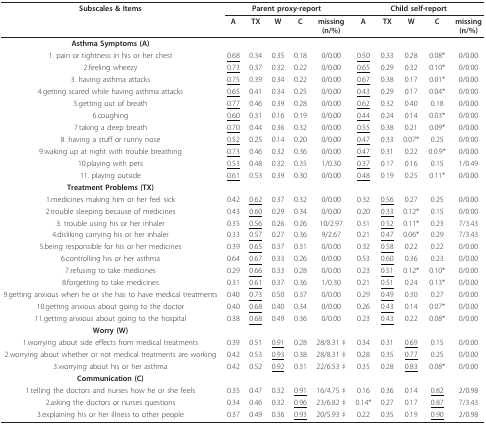
<table><thead><tr><td><b>Subscales &amp; Items</b></td><td colspan="5"><b>Parent proxy-report</b></td><td colspan="5"><b>Child self-report</b></td></tr><tr><td></td><td><b>A</b></td><td><b>TX</b></td><td><b>W</b></td><td><b>C</b></td><td><b>missing(n/%)</b></td><td><b>A</b></td><td><b>TX</b></td><td><b>W</b></td><td><b>C</b></td><td><b>missing(n/%)</b></td></tr></thead><tbody><tr><td><b>Asthma Symptoms (A)</b></td><td></td><td></td><td></td><td></td><td></td><td></td><td></td><td></td><td></td><td></td></tr><tr><td>1. pain or tightness in his or her chest</td><td><underline>0.68</underline></td><td>0.34</td><td>0.35</td><td>0.18</td><td>0/0.00</td><td><underline>0.50</underline></td><td>0.33</td><td>0.28</td><td>0.08*</td><td>0/0.00</td></tr><tr><td>2.feeling wheezy</td><td><underline>0.73</underline></td><td>0.37</td><td>0.32</td><td>0.22</td><td>0/0.00</td><td><underline>0.65</underline></td><td>0.29</td><td>0.32</td><td>0.10*</td><td>0/0.00</td></tr><tr><td>3. having asthma attacks</td><td><underline>0.75</underline></td><td>0.39</td><td>0.34</td><td>0.22</td><td>0/0.00</td><td><underline>0.67</underline></td><td>0.38</td><td>0.17</td><td>0.01*</td><td>0/0.00</td></tr><tr><td>4.getting scared while having asthma attacks</td><td><underline>0.65</underline></td><td>0.41</td><td>0.34</td><td>0.25</td><td>0/0.00</td><td><underline>0.43</underline></td><td>0.29</td><td>0.17</td><td>0.04*</td><td>0/0.00</td></tr><tr><td>5.getting out of breath</td><td><underline>0.77</underline></td><td>0.46</td><td>0.39</td><td>0.28</td><td>0/0.00</td><td><underline>0.62</underline></td><td>0.32</td><td>0.40</td><td>0.18</td><td>0/0.00</td></tr><tr><td>6.coughing</td><td><underline>0.60</underline></td><td>0.31</td><td>0.16</td><td>0.19</td><td>0/0.00</td><td><underline>0.44</underline></td><td>0.24</td><td>0.14</td><td>0.03*</td><td>0/0.00</td></tr><tr><td>7.taking a deep breath</td><td><underline>0.70</underline></td><td>0.44</td><td>0.36</td><td>0.32</td><td>0/0.00</td><td><underline>0.55</underline></td><td>0.38</td><td>0.21</td><td>0.09*</td><td>0/0.00</td></tr><tr><td>8. having a stuff or runny nose</td><td><underline>0.52</underline></td><td>0.25</td><td>0.14</td><td>0.20</td><td>0/0.00</td><td><underline>0.47</underline></td><td>0.33</td><td>0.07*</td><td>0.25</td><td>0/0.00</td></tr><tr><td>9.waking up at night with trouble breathing</td><td><underline>0.73</underline></td><td>0.46</td><td>0.32</td><td>0.36</td><td>0/0.00</td><td><underline>0.47</underline></td><td>0.31</td><td>0.22</td><td>0.0.9*</td><td>0/0.00</td></tr><tr><td>10.playing with pets</td><td><underline>0.53</underline></td><td>0.48</td><td>0.32</td><td>0.35</td><td>1/0.30</td><td><underline>0.37</underline></td><td>0.17</td><td>0.16</td><td>0.15</td><td>1/0.49</td></tr><tr><td>11. playing outside</td><td><underline>0.61</underline></td><td>0.53</td><td>0.39</td><td>0.30</td><td>0/0.00</td><td><underline>0.48</underline></td><td>0.19</td><td>0.25</td><td>0.11*</td><td>0/0.00</td></tr><tr><td><b>Treatment Problems (TX)</b></td><td></td><td></td><td></td><td></td><td></td><td></td><td></td><td></td><td></td><td></td></tr><tr><td>1.medicines making him or her feel sick</td><td>0.42</td><td><underline>0.62</underline></td><td>0.37</td><td>0.32</td><td>0/0.00</td><td>0.32</td><td><underline>0.56</underline></td><td>0.27</td><td>0.25</td><td>0/0.00</td></tr><tr><td>2.trouble sleeping because of medicines</td><td>0.43</td><td><underline>0.60</underline></td><td>0.29</td><td>0.34</td><td>0/0.00</td><td>0.20</td><td><underline>0.33</underline></td><td>0.12*</td><td>0.15</td><td>0/0.00</td></tr><tr><td>3. trouble using his or her inhaler</td><td>0.35</td><td><underline>0.56</underline></td><td>0.26</td><td>0.26</td><td>10/2.97</td><td>0.31</td><td><underline>0.52</underline></td><td>0.11*</td><td>0.23</td><td>7/3.43</td></tr><tr><td>4.disliking carrying his or her inhaler</td><td>0.33</td><td><underline>0.57</underline></td><td>0.27</td><td>0.36</td><td>9/2.67</td><td>0.21</td><td><underline>0.47</underline></td><td>0.06*</td><td>0.29</td><td>7/3.43</td></tr><tr><td>5.being responsible for his or her medicines</td><td>0.39</td><td><underline>0.65</underline></td><td>0.37</td><td>0.31</td><td>0/0.00</td><td>0.32</td><td><underline>0.58</underline></td><td>0.22</td><td>0.22</td><td>0/0.00</td></tr><tr><td>6.controlling his or her asthma</td><td>0.64</td><td><underline>0.67</underline></td><td>0.33</td><td>0.26</td><td>0/0.00</td><td>0.53</td><td><underline>0.60</underline></td><td>0.36</td><td>0.23</td><td>0/0.00</td></tr><tr><td>7.refusing to take medicines</td><td>0.29</td><td><underline>0.66</underline></td><td>0.33</td><td>0.28</td><td>0/0.00</td><td>0.23</td><td><underline>0.51</underline></td><td>0.12*</td><td>0.10*</td><td>0/0.00</td></tr><tr><td>8.forgetting to take medicines</td><td>0.31</td><td><underline>0.61</underline></td><td>0.37</td><td>0.36</td><td>1/0.30</td><td>0.21</td><td><underline>0.51</underline></td><td>0.24</td><td>0.13*</td><td>0/0.00</td></tr><tr><td>9.getting anxious when he or she has to have medical treatments</td><td>0.40</td><td><underline>0.73</underline></td><td>0.50</td><td>0.37</td><td>0/0.00</td><td>0.29</td><td><underline>0.49</underline></td><td>0.30</td><td>0.27</td><td>0/0.00</td></tr><tr><td>10.getting anxious about going to the doctor</td><td>0.40</td><td><underline>0.68</underline></td><td>0.40</td><td>0.34</td><td>0/0.00</td><td>0.26</td><td><underline>0.43</underline></td><td>0.14</td><td>0.07*</td><td>0/0.00</td></tr><tr><td>11.getting anxious about going to the hospital</td><td>0.38</td><td><underline>0.68</underline></td><td>0.49</td><td>0.36</td><td>0/0.00</td><td>0.23</td><td><underline>0.43</underline></td><td>0.22</td><td>0.08*</td><td>0/0.00</td></tr><tr><td><b>Worry (W)</b></td><td></td><td></td><td></td><td></td><td></td><td></td><td></td><td></td><td></td><td></td></tr><tr><td>1.worrying about side effects from medical treatments</td><td>0.39</td><td>0.51</td><td><underline>0.91</underline></td><td>0.28</td><td>28/8.31 ‡</td><td>0.34</td><td>0.31</td><td><underline>0.69</underline></td><td>0.15</td><td>0/0.00</td></tr><tr><td>2.worrying about whether or not medical treatments are working</td><td>0.42</td><td>0.53</td><td><underline>0.93</underline></td><td>0.38</td><td>28/8.31 ‡</td><td>0.28</td><td>0.35</td><td><underline>0.77</underline></td><td>0.25</td><td>0/0.00</td></tr><tr><td>3.worrying about his or her asthma</td><td>0.42</td><td>0.52</td><td><underline>0.92</underline></td><td>0.31</td><td>22/6.53 ‡</td><td>0.35</td><td>0.28</td><td><underline>0.83</underline></td><td>0.08*</td><td>0/0.00</td></tr><tr><td><b>Communication (C)</b></td><td></td><td></td><td></td><td></td><td></td><td></td><td></td><td></td><td></td><td></td></tr><tr><td>1.telling the doctors and nurses how he or she feels</td><td>0.35</td><td>0.47</td><td>0.32</td><td><underline>0.91</underline></td><td>16/4.75 ‡</td><td>0.16</td><td>0.36</td><td>0.14</td><td><underline>0.82</underline></td><td>2/0.98</td></tr><tr><td>2.asking the doctors or nurses questions</td><td>0.34</td><td>0.46</td><td>0.32</td><td><underline>0.96</underline></td><td>23/6.82 ‡</td><td>0.14*</td><td>0.27</td><td>0.17</td><td><underline>0.87</underline></td><td>7/3.43</td></tr><tr><td>3.explaining his or her illness to other people</td><td>0.37</td><td>0.49</td><td>0.36</td><td><underline>0.93</underline></td><td>20/5.93 ‡</td><td>0.22</td><td>0.35</td><td>0.19</td><td><underline>0.90</underline></td><td>2/0.98</td></tr></tbody></table>